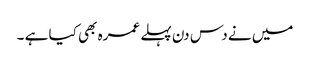
میں نے دس دن پہلے عمرہ بھی کیا ہے ۔